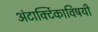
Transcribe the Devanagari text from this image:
अंटार्क्टिकाविषयी